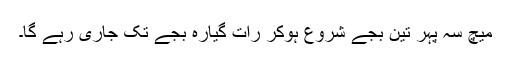
میچ سہ پہر تین بجے شروع ہوکر رات گیارہ بجے تک جاری رہے گا۔